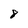
Character: 8